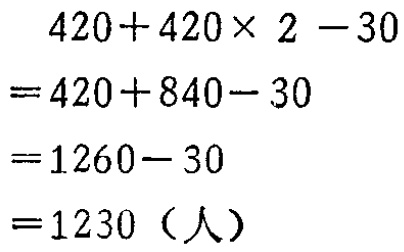
\[
\begin{align*}
&420 + 420\times2 - 30\\
=&420 + 840 - 30\\
=&1260 - 30\\
=&1230（人）
\end{align*}
\]